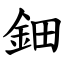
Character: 鈿